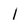
Character: l